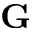
\mathbf { G }